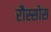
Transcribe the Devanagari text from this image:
रौस्सोस